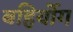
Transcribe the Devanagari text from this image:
बहिर्योग